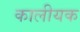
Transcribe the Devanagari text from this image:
कालीयक